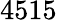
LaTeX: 4515